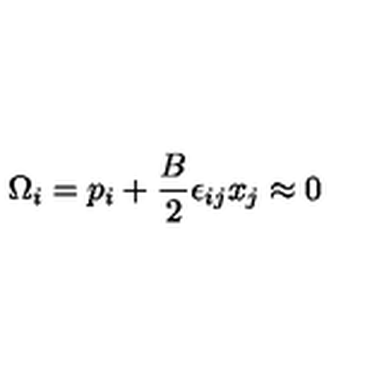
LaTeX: \Omega _ { i } = p _ { i } + \frac { B } { 2 } \epsilon _ { i j } x _ { j } \approx 0